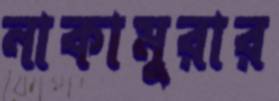
নাকামুরার